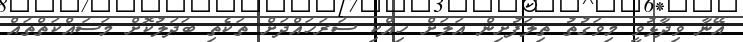
އޭނާ ވިދާޅުވީ މިވަގުތު ތިލަފުށިން އަލަށް ހިއްކި ސަރަހައްދަށް ތަކެތި ބަދަލުކޮށް މަސައްކަތްތައް